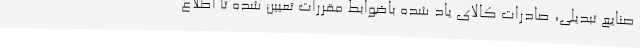
صنایع تبدیلی، صادرات کالای یاد شده باضوابط مقررات تعیین شده تا اطلاع